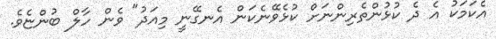
އެކަމަކު އެ ދެ ކުޅުންތެރިންނަށް ކުޅެވޭނެކަން އެނގޭނީ މިއަދު" ވެން ހާލް ބުންޏެވެ.